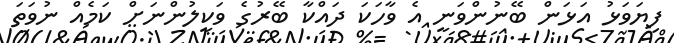
ފިޔަވަޅު އަޅަން ބޭނުންވަނީ އެ ވާހަކަ ދައްކާ ބޭރުގެ ވަކީލުންނަށް ކަމެއް ނުވަތަ